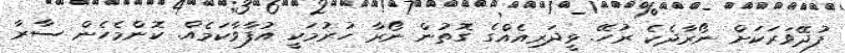
ފުދޭވަރަކަށް ނޯރާދެކެ ރުހޭ. ޅީދަރިއެއްގެ ގޮތުން ނޯރާ ހުރުމަކީ އުފާވާކަމެއް. ކޮންމެހެން ސާރާ